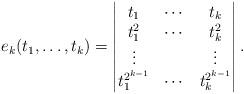
LaTeX: \begin{align*}e_k(t_1, \dots, t_{k})= \begin{vmatrix}t_1 & \cdots & t_k \\t_1^2 & \cdots & t_k^2 \\\vdots & & \vdots \\t_1^{2^{k-1}} & \cdots & t_k^{2^{k-1}}\end{vmatrix}.\end{align*}